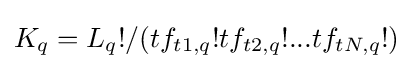
K_{q}=L_{q}!/(tf_{t1,q}!tf_{t2,q}!...tf_{tN,q}!)